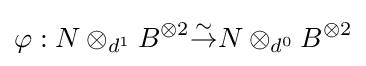
\varphi :N\otimes _{d^{1}}B^{\otimes 2}{\overset {\sim }{\to }}N\otimes _{d^{0}}B^{\otimes 2}